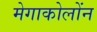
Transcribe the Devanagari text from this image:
मेगाकोलोंन